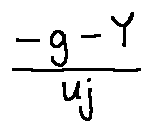
\frac { - g - Y } { u j }